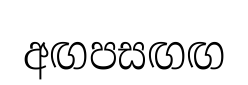
අඟපසඟඟ